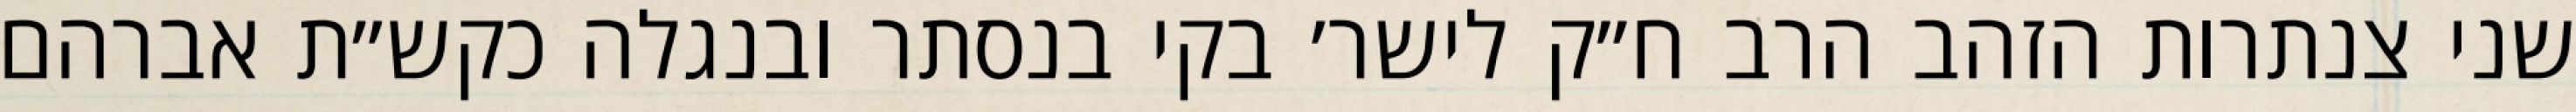
שני צנתרות הזהב הרב ח״ק לישר׳ בקי בנסתר ובנגלה כקש״ת אברהם